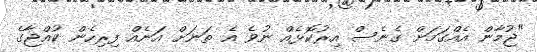
"ޖުމާން އެއްގަމަށް ގެނެސް އިރުކޮޅެއް ނުވެ އެ ތަނަށް އަނެއް ފިރިހެން ކުއްޖާގެ